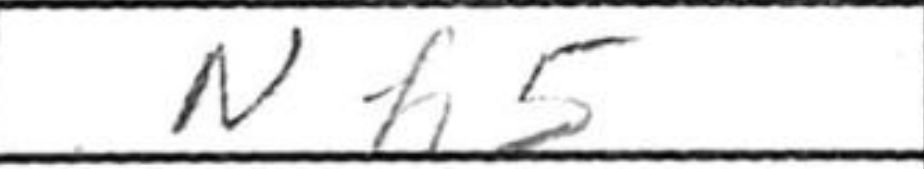
Transcription: Nf5